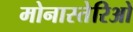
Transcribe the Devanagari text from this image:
मोनास्तेरिओ